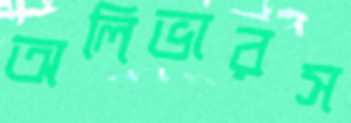
অলিভারস